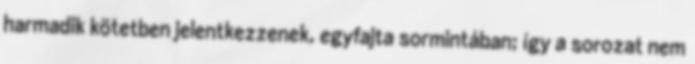
harmadik kötetben jelentkezzenek, egyfajta sormintában; így a sorozat nem